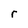
Character: r